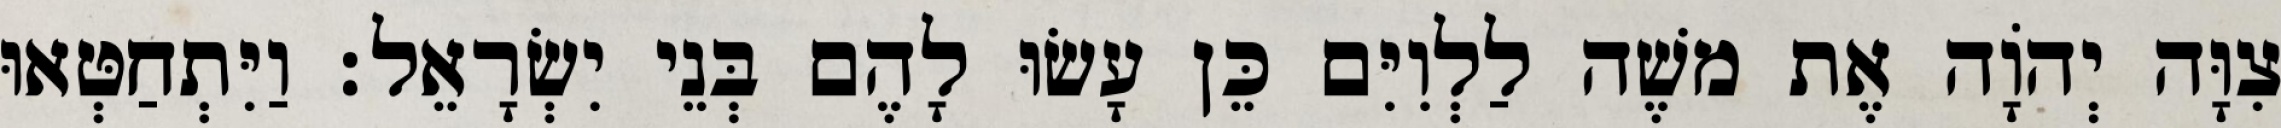
צִוָּה יְהוָֹה אֶת משֶׁה לַלְוִיִּם כֵּן עָשׂוּ לָהֶם בְּנֵי יִשְׂרָאֵל׃ וַיִּתְחַטְּאוּ